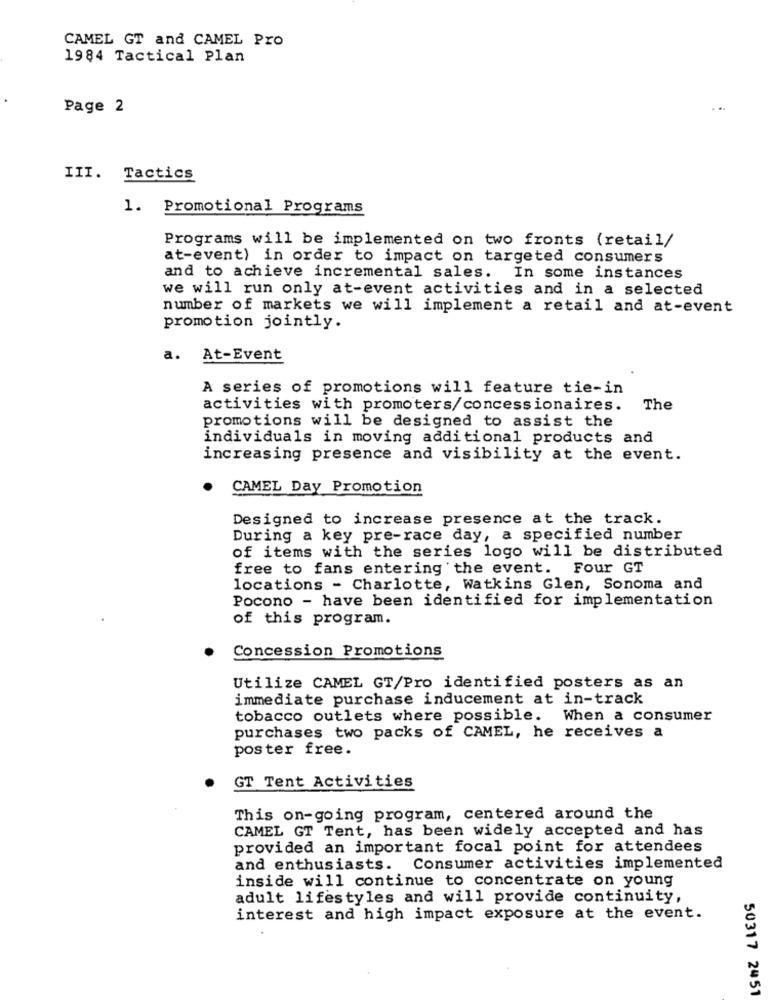
CAMEL GT and CAMEL Pro
1984 Tactical Plan
Page 2
III. Tactics
1. Promotional Programs
Programs will be implemented on two fronts (retail/
at-event) in order to impact on targeted consumers
and to achieve incremental sales. In some instances
we will run only at-event activities and in a selected
number of markets we will implement a retail and at-event
promotion jointly.
a.
At-Event
A series of promotions will feature tie-in
activities with promoters/concessionaires.
The
promotions will be designed to assist the
individuals in moving additional products and
increasing presence and visibility at the event.
CAMEL Day Promotion
Designed to increase presence at the track.
During a key pre-race day, a specified number
of items with the series logo will be distributed
free to fans entering the event. Four GT
locations - Charlotte, Watkins Glen, Sonoma and
Pocono - have been identified for implementation
of this program.
Concession Promotions
Utilize CAMEL GT/Pro identified posters as an
immediate purchase inducement at in-track
tobacco outlets where possible. When a consumer
purchases two packs of CAMEL, he receives a
poster free.
GT Tent Activities
This on-going program, centered around the
CAMEL GT Tent, has been widely accepted and has
provided an important focal point for attendees
and enthusiasts. Consumer activities implemented
inside will continue to concentrate on young
adult lifestyles and will provide continuity,
interest and high impact exposure at the event.
50317 2451